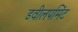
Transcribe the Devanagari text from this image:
डवीलपमिंट